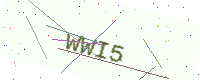
Text: WWI5